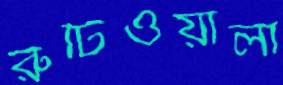
রুটিওয়ালা